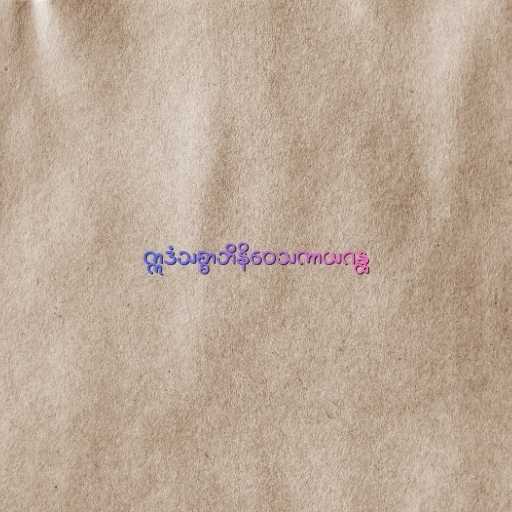
ဣဒံသစ္စာဘိနိဝေသကာယဂန္ထ